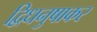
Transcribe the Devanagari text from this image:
द्विधनुषाकर